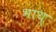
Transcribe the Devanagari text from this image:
भाय्